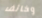
وخائف